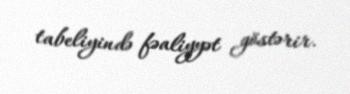
tabeliyində fəaliyyət göstərir.